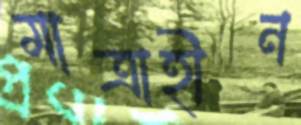
মাত্রাহীন